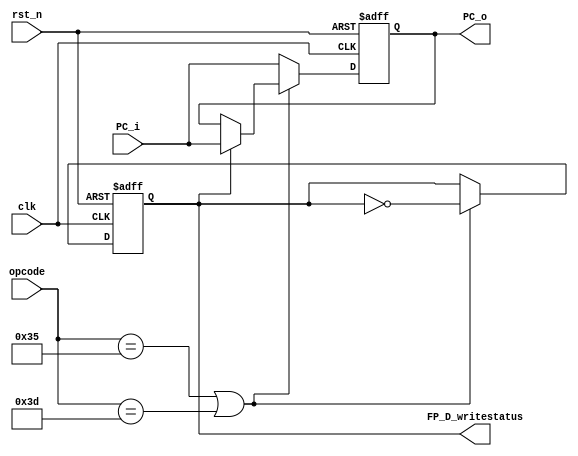
module PC
(
	clk,
	rst_n,
	opcode,
	PC_i,
	PC_o,
	FP_D_writestatus
);

// Ports.
input           clk;
input           rst_n;
input  [ 5 : 0] opcode;
input  [31 : 0] PC_i;
output [31 : 0] PC_o;
output          FP_D_writestatus;

// Wires and registers.
reg [31 : 0] PC_o;
reg FP_D_writestatus;

always @(posedge clk or negedge rst_n)
begin
	if (~rst_n)
	begin
		PC_o <= 32'b0;
		FP_D_writestatus <= 1'b0;
	end
	else
	begin
		if(opcode==6'h35||opcode==6'h3d)begin
			PC_o <= (FP_D_writestatus) ? PC_i : PC_o;
			FP_D_writestatus <= ~FP_D_writestatus;
		end
		else begin
			PC_o <= PC_i;
			FP_D_writestatus <= FP_D_writestatus;
		end
	end
end

endmodule